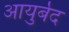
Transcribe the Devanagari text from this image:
आयुर्बेद